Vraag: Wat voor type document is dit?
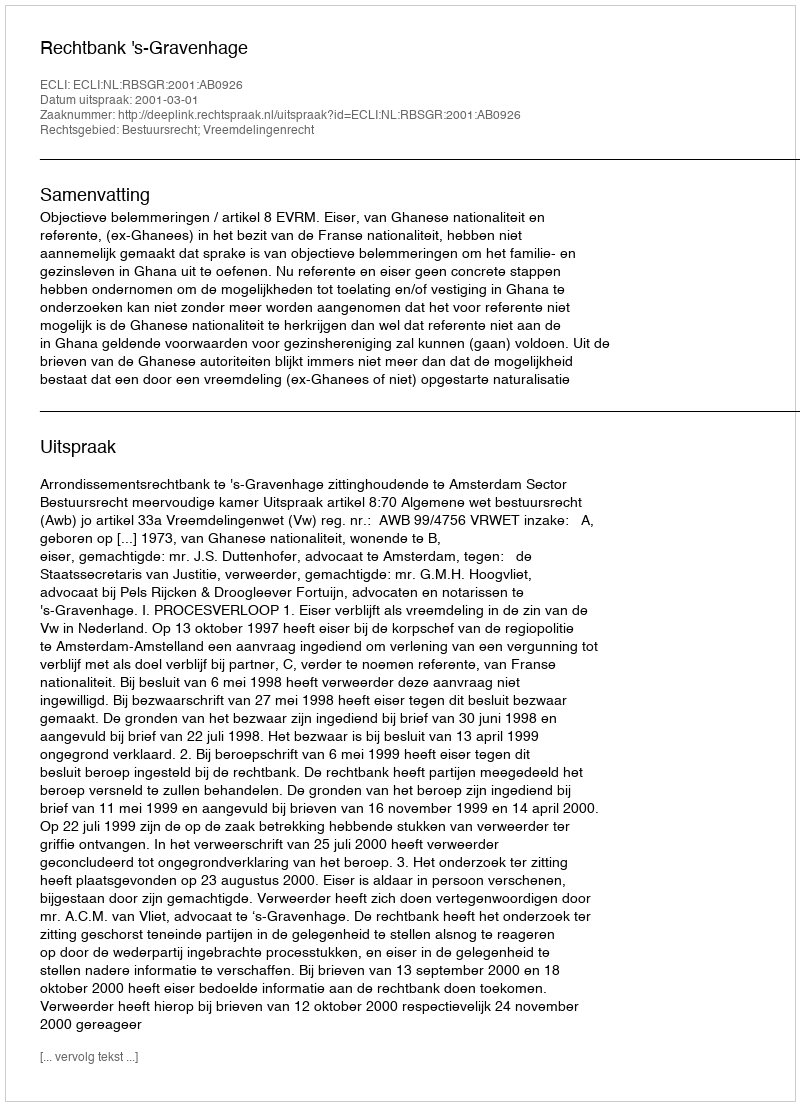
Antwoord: Uitspraak